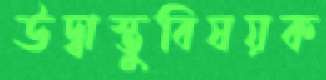
উদ্বাস্তুবিষয়ক